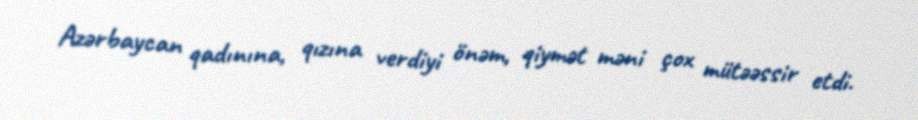
Azərbaycan qadınına, qızına verdiyi önəm, qiymət məni çox mütəəssir etdi.